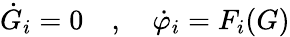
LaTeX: {\dot{G}}_{i}=0\quad,\quad{\dot{\varphi}}_{i}=F_{i}(G)